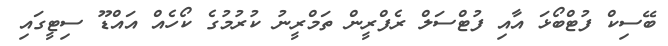
ބޭސިކް ފުޓްބޯޅަ އާއި ފުޓްސަލް ރެފްރީން ތަމްރީނު ކުރުމުގެ ކޯހެއް އައްޑޫ ސިޓީގައި